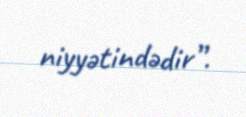
niyyətindədir”.